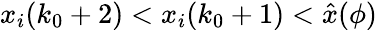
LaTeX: x_{i}(k_{0}+2)<x_{i}(k_{0}+1)<\hat{x}(\phi)